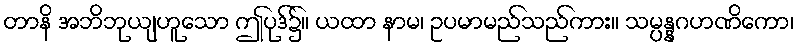
တာနိ အဘိဘုယျဟူသော ဤပုဒ်၌။ ယထာ နာမ၊ ဥပမာမည်သည်ကား။ သမ္ပန္နဂဟဏိကော၊